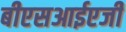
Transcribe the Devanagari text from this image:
बीएसआईएजी